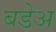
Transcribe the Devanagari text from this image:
बडेअ